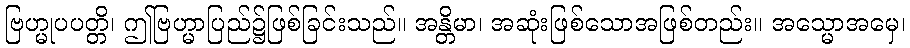
ဗြဟ္မုပပတ္တိ၊ ဤဗြဟ္မာပြည်၌ဖြစ်ခြင်းသည်။ အန္တိမာ၊ အဆုံးဖြစ်သောအဖြစ်တည်း။ အသ္မောအမှေ၊